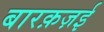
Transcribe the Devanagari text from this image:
बारक़ज़ई